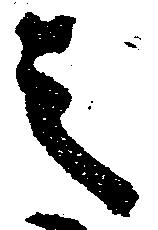
之